Report on vaccination in Madras 1904-1921 - 1904-1921
Year: 1904
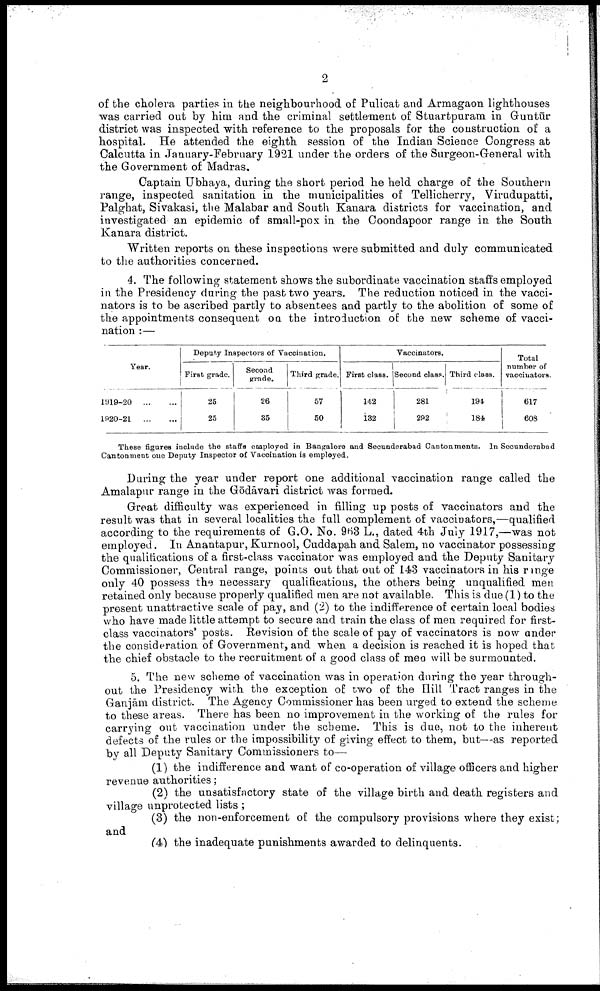
2
of the cholera parties in the neighbourhood of Pulicat and Armagaon lighthouses
was carried out by him and the criminal settlement of Stuartpuram in Guntūr
district was inspected with reference to the proposals for the construction of a
hospital. He attended the eighth session of the Indian Science Congress at
Calcutta in January-February 1921 under the orders of the Surgeon-General with
the Government of Madras.
Captain Ubhaya, during the short period he held charge of the Southern
range, inspected sanitation in the municipalities of Tellicherry, Virudupatti,
Palghat, Sivakasi, the Malabar and South Kanara districts for vaccination, and
investigated an epidemic of small-pox in the Coondapoor range in the South
Kanara district.
Written reports on these inspections were submitted and duly communicated
to the authorities concerned.
4. The following statement shows the subordinate vaccination staffs employed
in the Presidency during the past two years. The reduction noticed in the vacci
nators is to be ascribed partly to absentees and partly to the abolition of some of
the appointments consequent on the introduction of the new scheme of vacci
nation :—
Year.
1919-20
...
...
1920-21
...
...
Deputy Inspectors of Vaccination.
First grade.
25
25
Second
grade.
26
35
Third grade.
57
50
Vaccinators.
First class.
142
132
Second class.
281
292
Third class.
191
184
Total
number of
vaccinators.
617
608
These figures include the staffs employed in Bangalore and Secunderabad Cantonments. In Secunderabad
Cantonment one Deputy Inspector of Vaccination is employed.
During the year under report one additional vaccination range called the
Amalapur range in the Gōdāvari district was formed.
Great difficulty was experienced in filling up posts of vaccinators and the
result was that in several localities the full complement of vaccinators,—qualified
according to the requirements of G.O. No. 963 L., dated 4th July 1917,—was not
employed. In Anantapur, Kurnool, Cuddapah and Salem, no vaccinator possessing
the qualifications of a first-class vaccinator was employed and the Deputy Sanitary
Commissioner, Central range, points out that out of 143 vaccinators in his range
only 40 possess the necessary qualifications, the others being unqualified men
retained only because properly qualified men are not available. This is due (1) to the
present unattractive scale of pay, and (2) to the indifference of certain local bodies
who have made little attempt to secure and train the class of men required for first-
class vaccinators' posts. Revision of the scale of pay of vaccinators is now under
the consideration of Government, and when a decision is reached it is hoped that
the chief obstacle to the recruitment of a good class of men will be surmounted.
5. The new scheme of vaccination was in operation during the year through
out the Presidency with the exception of two of the Hill Tract ranges in the
Ganjām district. The Agency Commissioner has been urged to extend the scheme
to these areas. There has been no improvement in the working of the rules for
carrying out vaccination under the scheme. This is due, not to the inherent
defects of the rules or the impossibility of giving effect to them, but—as reported
by all Deputy Sanitary Commissioners to—
(1) the indifference and want of co-operation of village officers and higher
revenue authorities;
(2) the unsatisfactory state of the village birth and death registers and
village unprotected lists;
(3) the non-enforcement of the compulsory provisions where they exist;
and
(4) the inadequate punishments awarded to delinquents.